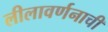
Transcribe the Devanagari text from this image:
लीलावर्णनाची